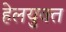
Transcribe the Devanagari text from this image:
हेलयुक्त